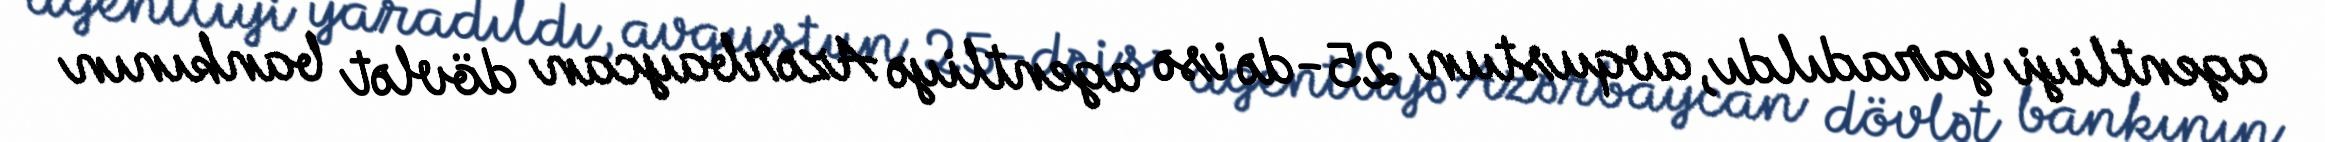
agentliyi yaradıldı, avqustun 25-də isə agentliyə Azərbaycan dövlət bankının